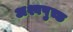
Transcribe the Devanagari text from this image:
अश्वपुच्छ